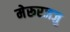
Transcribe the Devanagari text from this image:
मेरूरजजु